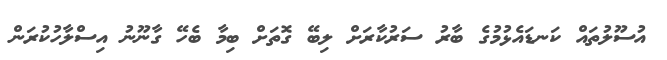
އުސޫލުތައް ކަނޑައެޅުމުގެ ބާރު ސަރުކާރަށް ލިބޭ ގޮތަށް ބިމާ ބެހޭ ގާނޫނު އިސްލާހުކުރަން